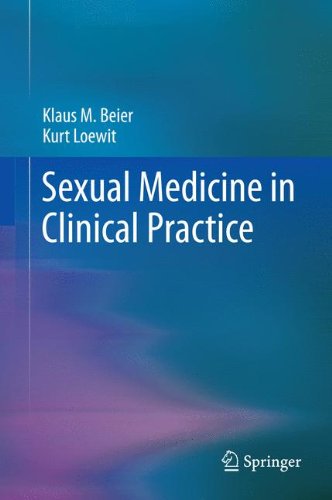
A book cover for Sexual Medicine in Clinical Practice; Klaus M. Beier; Medical Books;